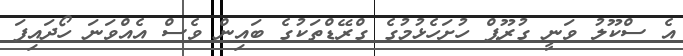
އެ ސްކޫލު ވަނީ ގުރޫޕް ހުށަހެޅުމުގެ ގްރޭޑްތަކުގެ ބައިން ވެސް އެއްވަނަ ހޯދައިފަ